Note on the mental hospitals in Burma - 1925-1940
Year: 1925
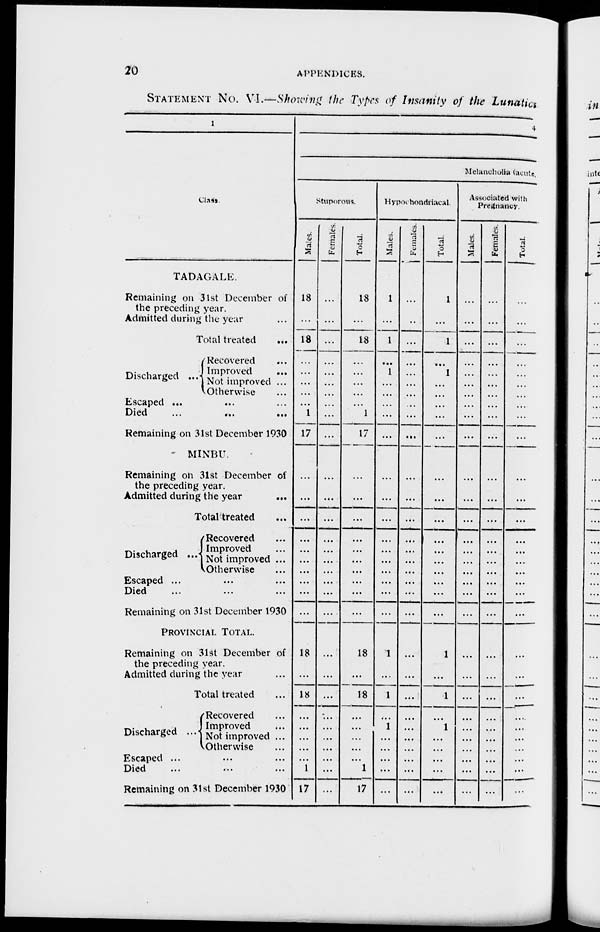
20
APPENDICES.
STATEMENT No. VI.—Showing the Types of Insanity of the Lunatics
1
Class.
TADAGALE.
Remaining on 31st December of
the preceding year.
Admitted during the year ...
Total treated
...
Discharged ...
Recovered ...
Improved ...
Not improved ...
Otherwise ...
Escaped ... ... ...
Died
...
...
...
Remaining on 31st December 1930
MINBU.
Remaining on 31st December of
the preceding year.
Admitted during the year
...
Total treated ...
Discharged
...
Recovered ...
Improved ...
Not improved ...
Otherwise ...
Escaped ... ... ...
Died ... ... ...
Remaining on 31st December 1930
PROVINCIAL TOTAL.
Remaining on 31st December of
the preceding year.
Admitted during the year ...
Total treated ...
Discharged ...
Recovered ...
Improved ...
Not improved ...
Otherwise ...
Escaped ... ... ...
Died ... ... ...
Remaining on 31st December 1930
4
Melancholia (acute.
Stuporous.
Males.
18
...
18
...
...
...
...
...
1
17
...
...
...
...
...
...
...
...
...
...
18
...
18
...
...
...
...
...
1
17
Females.
...
...
...
...
...
...
...
...
...
...
...
...
...
...
...
...
...
...
...
...
...
...
...
...
...
...
...
...
...
...
Total.
18
...
18
...
...
...
...
...
1
17
...
...
...
...
...
...
...
...
...
...
18
...
18
...
...
...
...
...
1
17
Hypochondriacal.
Males.
1
...
1
...
1
...
...
...
...
...
...
...
...
...
...
...
...
...
...
...
1
...
1
...
1
...
...
...
...
...
Females.
...
...
...
...
...
...
...
...
...
...
...
...
...
...
...
...
...
...
...
...
...
...
...
...
...
...
...
...
...
...
Total.
1
...
1
...
1
...
...
...
...
...
...
...
...
...
...
...
...
...
...
...
1
...
1
...
1
...
...
...
...
...
Associated with
Pregnancy.
Males.
...
...
...
...
...
...
...
...
...
...
...
...
...
...
...
...
...
...
...
...
...
...
...
...
...
...
...
...
...
...
Females.
...
...
...
...
...
...
...
...
...
...
...
...
...
...
...
...
...
...
...
...
...
...
...
...
...
...
...
...
...
...
Total.
...
...
...
...
...
...
...
...
...
...
...
...
...
...
...
...
...
...
...
...
...
...
...
...
...
...
...
...
...
...